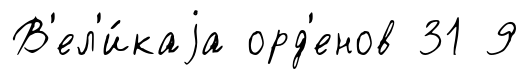
В'ел'и́каjа орд'енов 31 9